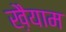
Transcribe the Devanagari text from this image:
ख़ैयाम